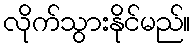
လိုက်သွားနိုင်မည်။